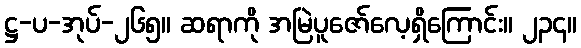
ဋ္ဌ-ပ-အုပ်-၂၆၅။ ဆရာကို အမြဲပူဇော်လေ့ရှိကြောင်း။ ၂၃၄။